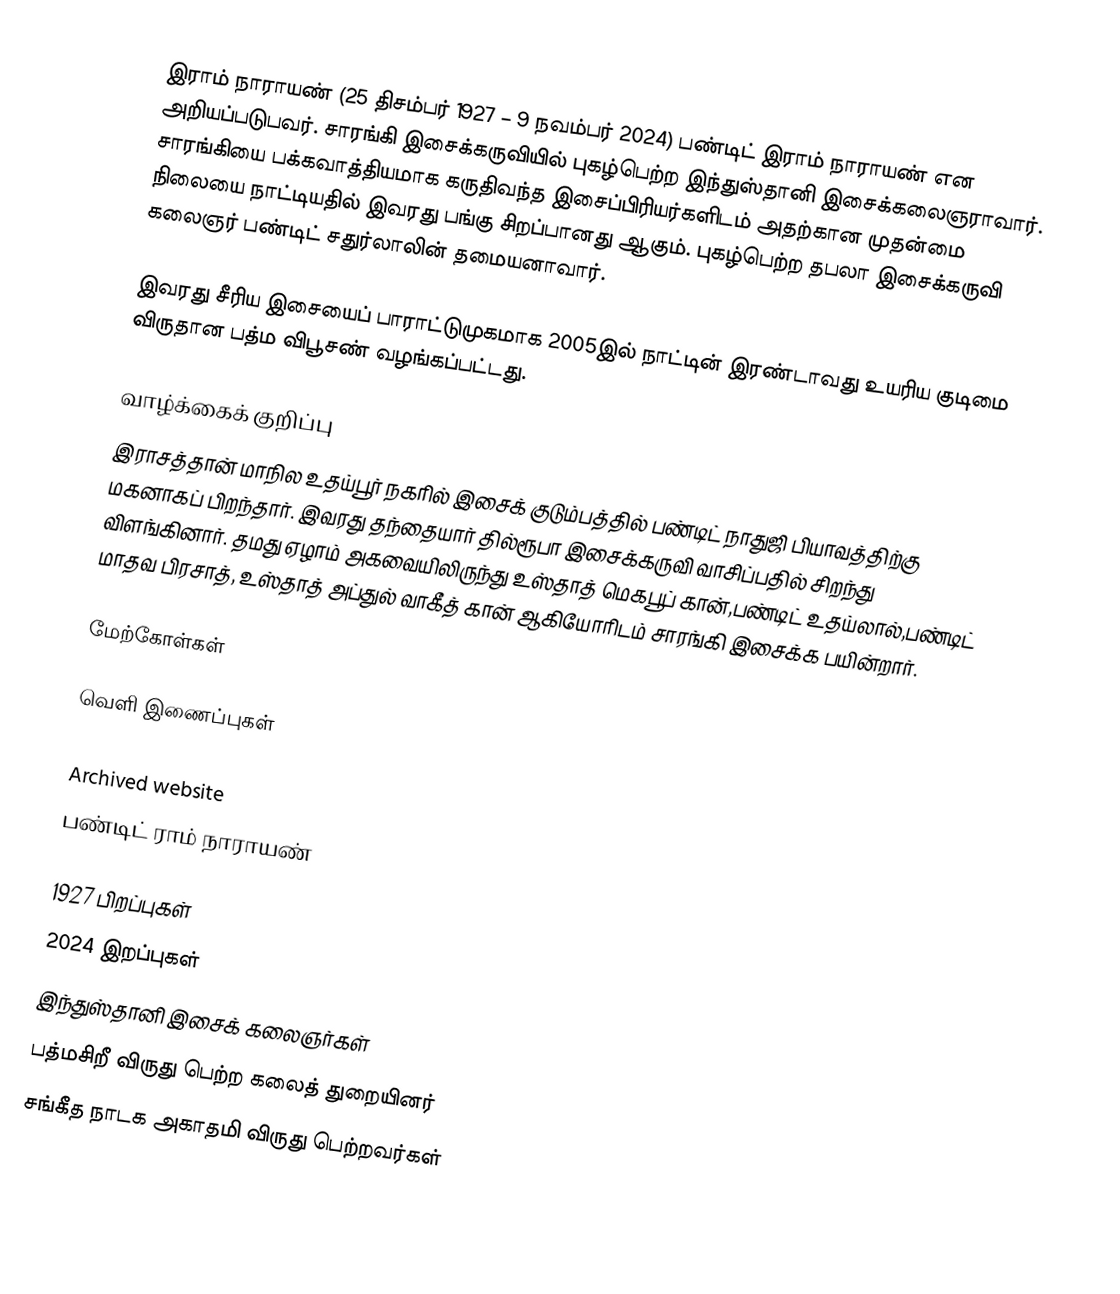
இராம் நாராயண் (25 திசம்பர் 1927 – 9 நவம்பர் 2024) பண்டிட் இராம் நாராயண் என அறியப்படுபவர். சாரங்கி இசைக்கருவியில் புகழ்பெற்ற இந்துஸ்தானி இசைக்கலைஞராவார். சாரங்கியை பக்கவாத்தியமாக கருதிவந்த இசைப்பிரியர்களிடம் அதற்கான முதன்மை நிலையை நாட்டியதில் இவரது பங்கு சிறப்பானது ஆகும். புகழ்பெற்ற தபலா இசைக்கருவி கலைஞர் பண்டிட் சதுர்லாலின் தமையனாவார்.

இவரது சீரிய இசையைப் பாராட்டுமுகமாக 2005இல் நாட்டின் இரண்டாவது உயரிய குடிமை விருதான பத்ம விபூசண் வழங்கப்பட்டது.

வாழ்க்கைக் குறிப்பு
இராசத்தான் மாநில உதய்பூர் நகரில் இசைக் குடும்பத்தில் பண்டிட் நாதுஜி பியாவத்திற்கு மகனாகப் பிறந்தார். இவரது தந்தையார் தில்ரூபா இசைக்கருவி வாசிப்பதில் சிறந்து விளங்கினார். தமது ஏழாம் அகவையிலிருந்து உஸ்தாத் மெகபூப் கான்,பண்டிட் உதய்லால்,பண்டிட் மாதவ பிரசாத், உஸ்தாத் அப்துல் வாகீத் கான் ஆகியோரிடம் சாரங்கி இசைக்க பயின்றார்.

மேற்கோள்கள்

வெளி இணைப்புகள்

Archived website
 பண்டிட் ராம் நாராயண்

1927 பிறப்புகள்
2024 இறப்புகள்
இந்துஸ்தானி இசைக் கலைஞர்கள்
பத்மசிறீ விருது பெற்ற கலைத் துறையினர்
சங்கீத நாடக அகாதமி விருது பெற்றவர்கள்